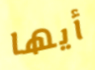
أيها